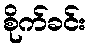
စိုက်ခင်း